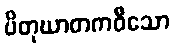
ပိတုဃာတကဝီသော